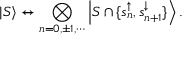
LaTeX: \left| S \right\rangle \leftrightarrow \bigotimes _ { n = 0 , \pm 1 , \cdots } \left| S \cap \{ s _ { n } ^ { \uparrow } , s _ { n + 1 } ^ { \downarrow } \} \right\rangle .